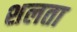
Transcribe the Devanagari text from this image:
शलता